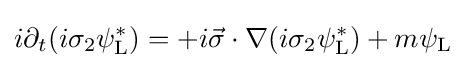
i\partial _{t}(i\sigma _{2}\psi _{\rm {L}}^{*})=+i{\vec {\sigma }}\cdot \nabla (i\sigma _{2}\psi _{\rm {L}}^{*})+m\psi _{\rm {L}}